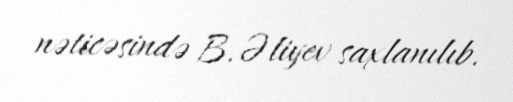
nəticəsində B.Əliyev saxlanılıb.